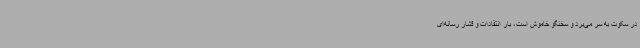
در سکوت به سر می‌برد و سخنگو خاموش است، بار انتقادات و فشار رسانه‌ای